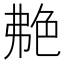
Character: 艴